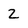
Character: 2